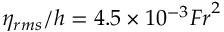
\eta _ { r m s } / h = 4 . 5 \times 1 0 ^ { - 3 } { F r } ^ { 2 }